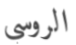
الروسي